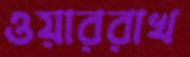
ওয়াররাখ